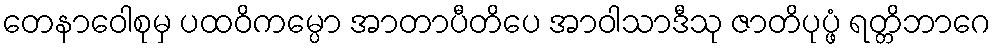
တေနာဝေါစုမှ ပထဝိကမ္ပော အာတာပီတိပေ အာဝါသာဒီသု ဇာတိပုပ္ဖံ ရတ္တိဘာဂေ